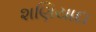
શણિયાદા